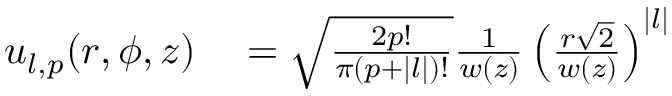
\begin{array} { r l } { u _ { l , p } ( r , \phi , z ) } & { { } = \sqrt { \frac { 2 p ! } { \pi ( p + | l | ) ! } } \frac { 1 } { w ( z ) } \left( \frac { r \sqrt { 2 } } { w ( z ) } \right) ^ { | l | } } \end{array}